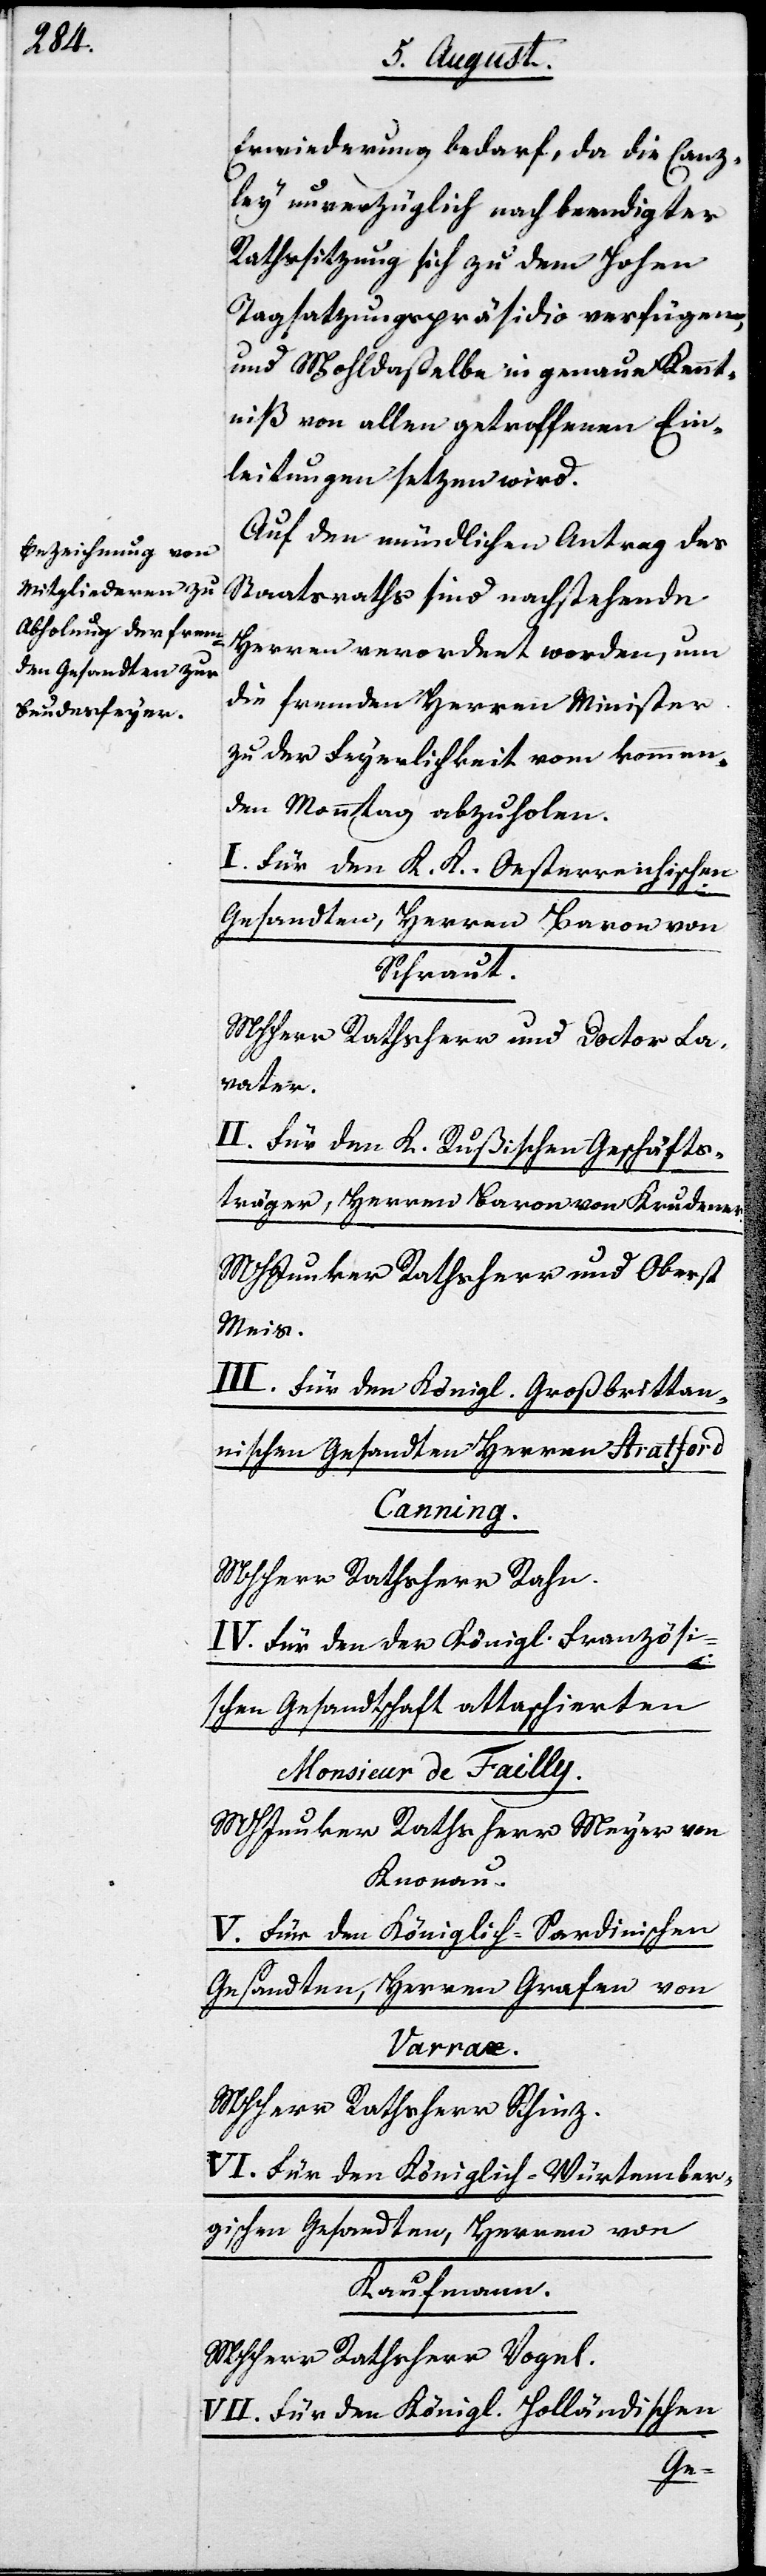
Erwiederung bedarf, da die Canz¬
ley unverzüglich nach beendigter
Rathssitzung sich zu dem Hohen
Tagsatzungspräsidio verfügen,
und Wohldasselbe in genaue Kennt¬
niß von allen getroffenen Ein¬
leitungen setzen wird.
Auf den mündlichen Antrag des
Staatsraths sind nachstehende
Herren verordnet worden, um
die fremden Herren Minister
zu den Feyerlichkeiten vom kommen¬
den Monntag abzuholen.
I. Für den K.K. Oesterreichischen
Gesandten, Herren Baron von
Schraut.
MHHerr Rathsherr und Doctor Us¬
teri.
II. Für den K. Rußischen Geschäfts¬
träger, Herren Baron von Krudener.
MHJunker Rathsherr und Oberst
Meis.
III. Für den Königl. Großbritan¬
nischen Gesandten Herren Stratford
Canning.
MHHerr Rathsherr Rahn.
IV. Für den der Königl. Französi¬
schen Gesandtschaft attaschierten
Monsieur de Failly.
MHJunker Rathsherr Meyer von
Knonau.
V. Für den Königlich-Sardinischen
Gesandten, Herren Grafen von
Varrax.
MHHerr Rathsherr Schinz.
VI. Für den Königlich-Würtember¬
gischen Gesandten, Herren von
Kaufmann.
MHHerr Rathsherr Vogel.
VII. Für den Königl. Holländischen